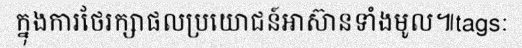
ក្នុងការថែរក្សាផលប្រយោជន៍អាស៊ានទាំងមូល៕tags: